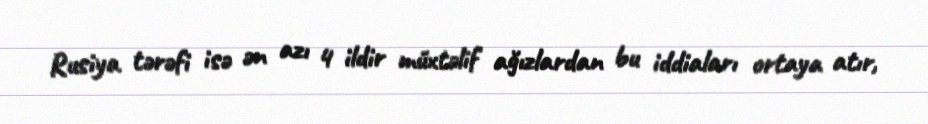
Rusiya tərəfi isə ən azı 4 ildir müxtəlif ağızlardan bu iddiaları ortaya atır,